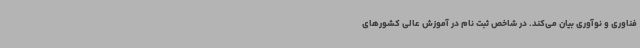
فناوری و نوآوری بیان می‌کند. در شاخص ثبت نام در آموزش عالی کشورهای